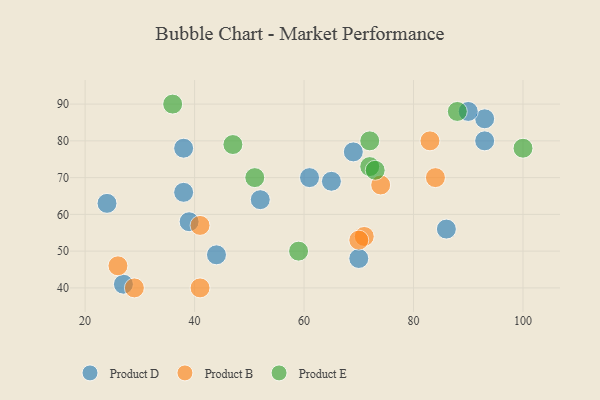
{"axis": {"x": "GDP", "y": "Life Expectancy"}, "legend": ["Product B", "Product D", "Product E"], "data": [{"x": "93", "y": 86, "type": "Product D"}, {"x": "90", "y": 88, "type": "Product D"}, {"x": "39", "y": 58, "type": "Product D"}, {"x": "44", "y": 49, "type": "Product D"}, {"x": "65", "y": 69, "type": "Product D"}, {"x": "38", "y": 78, "type": "Product D"}, {"x": "61", "y": 70, "type": "Product D"}, {"x": "24", "y": 63, "type": "Product D"}, {"x": "86", "y": 56, "type": "Product D"}, {"x": "69", "y": 77, "type": "Product D"}, {"x": "52", "y": 64, "type": "Product D"}, {"x": "38", "y": 66, "type": "Product D"}, {"x": "27", "y": 41, "type": "Product D"}, {"x": "70", "y": 48, "type": "Product D"}, {"x": "93", "y": 80, "type": "Product D"}, {"x": "29", "y": 40, "type": "Product B"}, {"x": "74", "y": 68, "type": "Product B"}, {"x": "26", "y": 46, "type": "Product B"}, {"x": "71", "y": 54, "type": "Product B"}, {"x": "70", "y": 53, "type": "Product B"}, {"x": "41", "y": 40, "type": "Product B"}, {"x": "41", "y": 57, "type": "Product B"}, {"x": "84", "y": 70, "type": "Product B"}, {"x": "83", "y": 80, "type": "Product B"}, {"x": "72", "y": 73, "type": "Product E"}, {"x": "88", "y": 88, "type": "Product E"}, {"x": "47", "y": 79, "type": "Product E"}, {"x": "100", "y": 78, "type": "Product E"}, {"x": "73", "y": 72, "type": "Product E"}, {"x": "36", "y": 90, "type": "Product E"}, {"x": "59", "y": 50, "type": "Product E"}, {"x": "51", "y": 70, "type": "Product E"}, {"x": "72", "y": 80, "type": "Product E"}]}